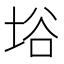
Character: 﨏